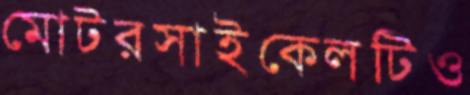
মোটরসাইকেলটিও